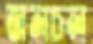
জলচল